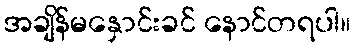
အချိန်မနှောင်းခင် နောင်တရပါ။